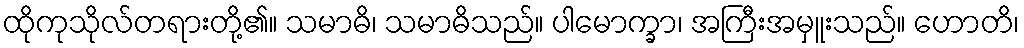
ထိုကုသိုလ်တရားတို့၏။ သမာဓိ၊ သမာဓိသည်။ ပါမောက္ခာ၊ အကြီးအမှူးသည်။ ဟောတိ၊